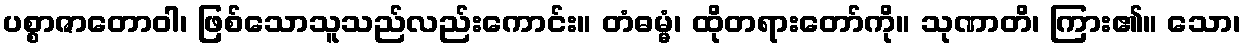
ပစ္စာဇာတောဝါ၊ ဖြစ်သောသူသည်လည်းကောင်း။ တံဓမ္မံ၊ ထိုတရားတော်ကို။ သုဏာတိ၊ ကြား၏။ သော၊